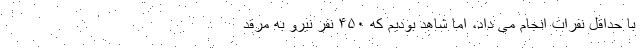
با حداقل نفرات انجام می داد، اما شاهد بودیم که ۴۵۰ نفر نیرو به مرقد